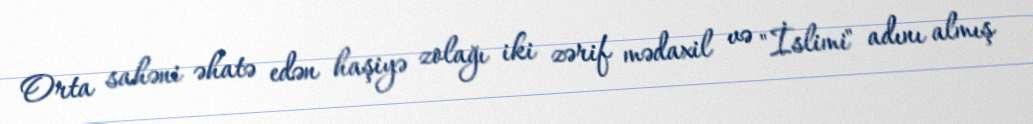
Orta sahəni əhatə edən haşiyə zolağı iki zərif mədaxil və "İslimi" adını almış